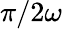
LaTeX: \pi/2\omega